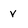
Character: v